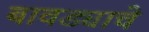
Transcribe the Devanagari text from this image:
बावड्याचे